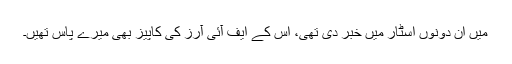
میں ان دونوں اسٹار میں خبر دی تھی، اس کے ایف آئی آرز کی کاپیز بھی میرے پاس تھیں۔